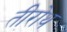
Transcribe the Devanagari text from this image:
तीरोथ